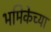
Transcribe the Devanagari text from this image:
भमिकेच्या